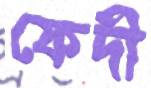
ফেদী